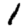
Digit: 1